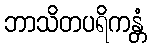
ဘာသိတပရိကန္တံ